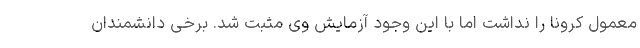
معمول کرونا را نداشت اما با این وجود آزمایش وی مثبت شد. برخی دانشمندان